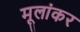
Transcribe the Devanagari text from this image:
मूलांकर